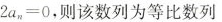
2 a _ { n } = 0$$，则该数列为等比数列